Annual report of lunatic asylums [Bombay] - 1912-1922
Year: 1912
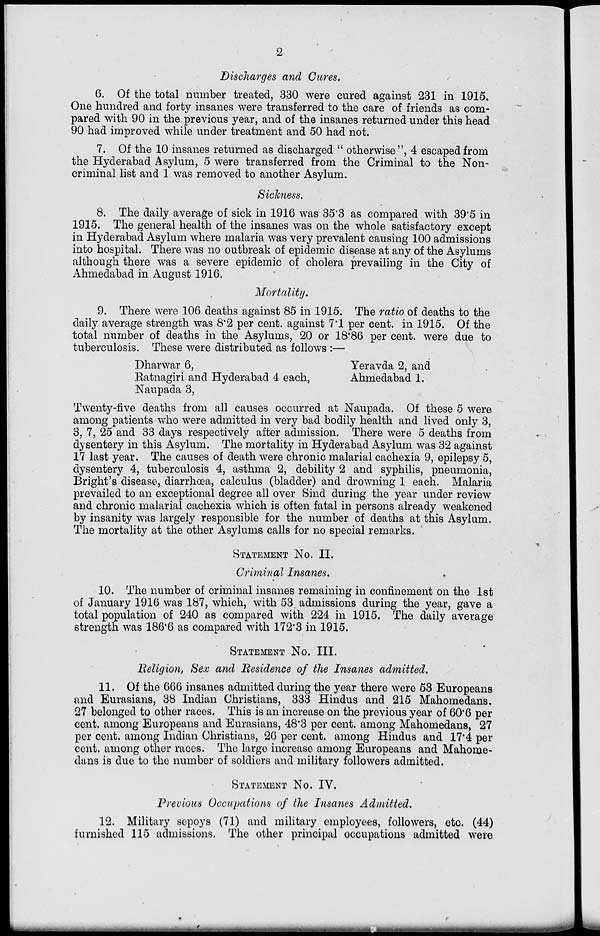
2
Discharges and Cures.
6. Of the total number treated, 330 were cured against 231 in 1915.
One hundred and forty insanes were transferred to the care of friends as com-
pared with 90 in the previous year, and of the insanes returned under this head
90 had improved while under treatment and 50 had not.
7. Of the 10 insanes returned as discharged "otherwise", 4 escaped from
the Hyderabad Asylum, 5 were transferred from the Criminal to the Non-
criminal list and 1 was removed to another Asylum.
Sickness.
8. The daily average of sick in 1916 was 35.3 as compared with 39.5 in
1915. The general health of the insanes was on the whole satisfactory except
in Hyderabad Asylum where malaria was very prevalent causing 100 admissions
into hospital. There was no outbreak of epidemic disease at any of the Asylums
although there was a severe epidemic of cholera prevailing in the City of
Ahmedabad in August 1916.
Mortality.
9. There were 106 deaths against 85 in 1915. The ratio of deaths to the
daily average strength was 8.2 per cent, against 7.1 per cent, in 1915. Of the
total number of deaths in the Asylums, 20 or 18.86 per cent, were due to
tuberculosis. These were distributed as follows :—
Dharwar 6,
Yeravda 2, and
Ratnagiri and Hyderabad 4 each,
Ahmedabad 1.
Naupada 3,
Twenty-five deaths from all causes occurred at Naupada. Of these 5 were
among patients who were admitted in very bad bodily health and lived only 3,
3, 7, 25 and 33 days respectively after admission. There were 5 deaths from
dysentery in this Asylum. The mortality in Hyderabad Asylum was 32 against
17 last year. The causes of death were chronic malarial cachexia 9, epilepsy 5,
dysentery 4, tuberculosis 4, asthma 2, debility 2 and syphilis, pneumonia,
Bright's disease, diarrhœa, calculus (bladder) and drowning 1 each. Malaria
prevailed to an exceptional degree all over Sind during the year under review
and chronic malarial cachexia which is often fatal in persons already weakened
by insanity was largely responsible for the number of deaths at this Asylum.
The mortality at the other Asylums calls for no special remarks.
STATEMENT NO. II.
Criminal Insanes.
10. The number of criminal insanes remaining in confinement on the 1st
of January 1916 was 187, which, with 53 admissions during the year, gave a
total population of 240 as compared with 224 in 1915. The daily average
strength was 186.6 as compared with 172.3 in 1915.
STATEMENT NO.
III
Religion, Sex and Residence of the Insanes admitted.
11. Of the 666 insanes admitted during the year there were 53 Europeans
and Eurasians, 38 Indian Christians, 333 Hindus and 215 Mahomedans.
27 belonged to other races. This is an increase on the previous year of 60.6 per
cent ,among Europeans and Eurasians, 48.3 per cent, among Mahomedans, 27
per cent, among Indian Christians, 26 per cent, among Hindus and 17.4 per
cent, among other races. The large increase among Europeans and Mahome-
dans is due to the number of soldiers and military followers admitted.
STATEMENT No. IV.
Previous Occupations of the Insanes Admitted.
12. Military sepoys (71) and military employees, followers, etc. (44)
furnished 115 admissions. The other principal occupations admitted were